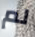
لم